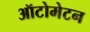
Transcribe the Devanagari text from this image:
ऑटोमेटन